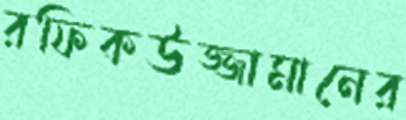
রফিকউজ্জামানের